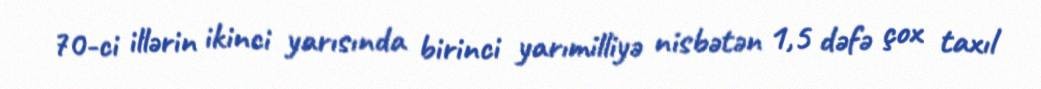
70-ci illərin ikinci yarısında birinci yarımilliyə nisbətən 1,5 dəfə çox taxıl